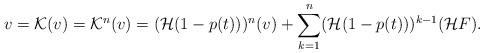
LaTeX: \begin{align*}v=\mathcal K(v)=\mathcal K^n(v)=(\mathcal H(1-p(t)))^n(v)+\sum_{k=1}^n(\mathcal H(1-p(t)))^{k-1}(\mathcal H F).\end{align*}